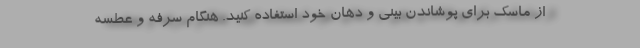
از ماسک برای پوشاندن بینی و دهان خود استفاده کنید. هنگام سرفه و عطسه